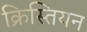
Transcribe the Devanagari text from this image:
क्रिस्तियन